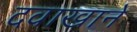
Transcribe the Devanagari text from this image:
दवाखानें